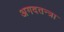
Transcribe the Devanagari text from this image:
अगदतन्त्रा